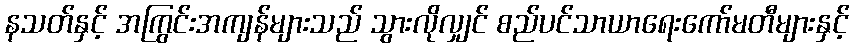
နသတ်နှင့် အကြွင်းအကျန်များသည် သွားလိုလျှင် စည်ပင်သာယာရေးကော်မတီများနှင့်